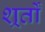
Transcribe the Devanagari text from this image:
शर्र्तों